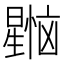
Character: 𰖳